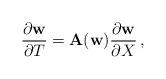
LaTeX: \begin{align*}{\partial {\bf w} \over \partial T} = {\bf A}({\bf w}){\partial {\bf w} \over \partial X}\,,\end{align*}